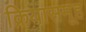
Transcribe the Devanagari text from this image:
क्रियासमूह